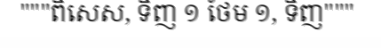
"""ពិសេស, ទិញ ១ ថែម ១, ទិញ"""